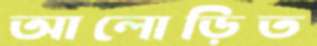
আলোড়িত